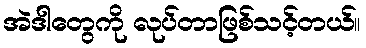
အဲဒါတွေကို လုပ်တာဖြစ်သင့်တယ်။